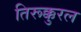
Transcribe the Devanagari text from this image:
तिरूक्कुरल